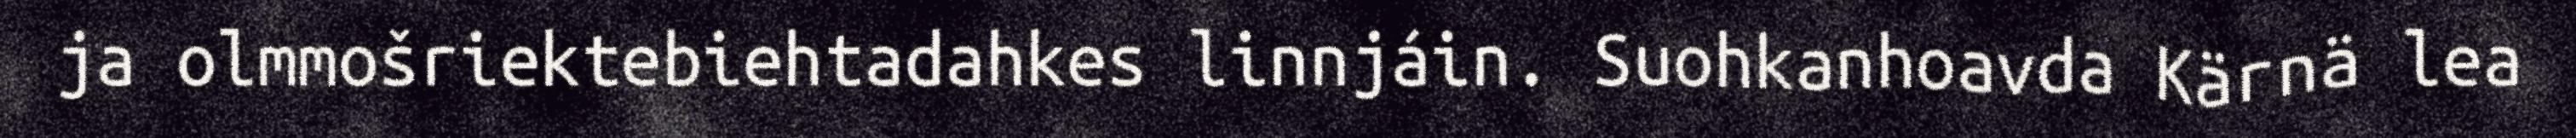
ja olmmošriektebiehtadahkes linnjáin. Suohkanhoavda Kärnä lea